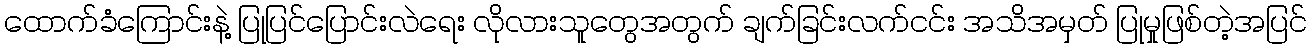
ထောက်ခံကြောင်းနဲ့ ပြုပြင်ပြောင်းလဲရေး လိုလားသူတွေအတွက် ချက်ခြင်းလက်ငင်း အသိအမှတ် ပြုမှုဖြစ်တဲ့အပြင်